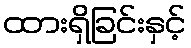
ထားရှိခြင်းနှင့်